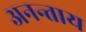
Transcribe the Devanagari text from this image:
अनन्ताय